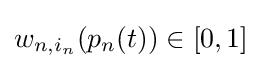
w_{n,i_{n}}(p_{n}(t))\in [0,1]